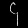
Digit: ၄